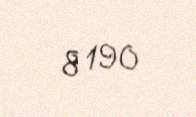
8 190